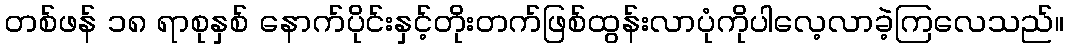
တစ်ဖန် ၁၈ ရာစုနှစ် နောက်ပိုင်းနှင့်တိုးတက်ဖြစ်ထွန်းလာပုံကိုပါလေ့လာခဲ့ကြလေသည်။